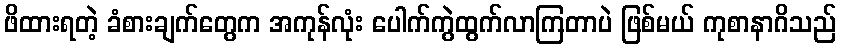
ဖိထားရတဲ့ ခံစားချက်တွေက အကုန်လုံး ပေါက်ကွဲထွက်လာကြတာပဲ ဖြစ်မယ် ကုစာနာဂိသည်